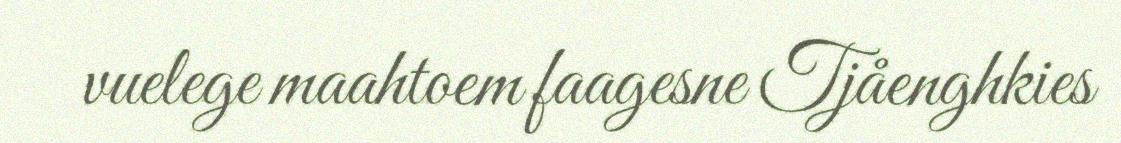
vuelege maahtoem faagesne Tjåenghkies